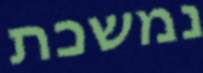
נמשכת